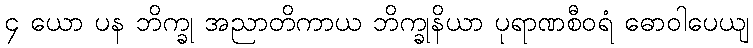
၄ ယော ပန ဘိက္ခု အညာတိကာယ ဘိက္ခုနိယာ ပုရာဏစီဝရံ ဓောဝါပေယျ